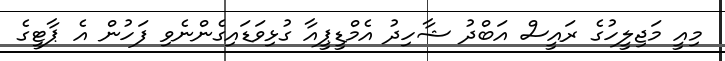
މިއީ މަޖިލީހުގެ ރައީސް އަބްދު ޝާހިދު އެމްޑީޕީއާ ގުޅިވަޑައިގެންނެވި ފަހުން އެ ޕާޓީގެ